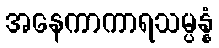
အနေကာကာရသမ္ပန္နံ